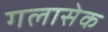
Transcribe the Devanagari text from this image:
गलासेक